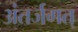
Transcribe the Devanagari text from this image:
अंतर्जगत्‌